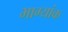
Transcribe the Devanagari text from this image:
भाग्यांक